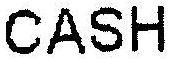
CASH